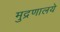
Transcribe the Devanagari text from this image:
मुद्रणालये